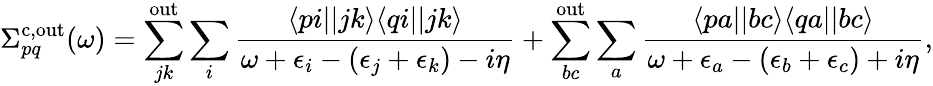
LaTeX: \Sigma_{pq}^{\mathrm{c,out}}(\omega)=\sum_{jk}^{\mathrm{out}}\sum_{i}\frac{\langle pi||jk\rangle\langle qi||jk\rangle}{\omega+\epsilon_{i}-(\epsilon_{j}+\epsilon_{k})-i\eta}+\sum_{bc}^{\mathrm{out}}\sum_{a}\frac{\langle pa||bc\rangle\langle qa||bc\rangle}{\omega+\epsilon_{a}-(\epsilon_{b}+\epsilon_{c})+i\eta},